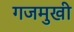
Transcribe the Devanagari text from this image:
गजमुखी